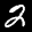
Label: 2